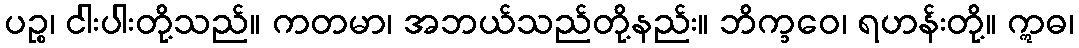
ပဉ္စ၊ ငါးပါးတို့သည်။ ကတမာ၊ အဘယ်သည်တို့နည်း။ ဘိက္ခဝေ၊ ရဟန်းတို့။ ဣဓ၊